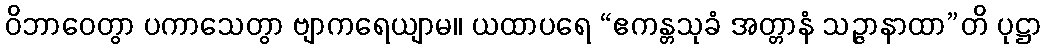
ဝိဘာဝေတွာ ပကာသေတွာ ဗျာကရေယျာမ။ ယထာပရေ “ဧကန္တသုခံ အတ္တာနံ သဉ္ဇာနာထာ”တိ ပုဋ္ဌာ